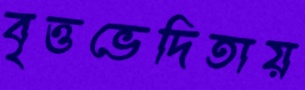
বৃত্তভেদিতায়